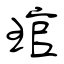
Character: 琯